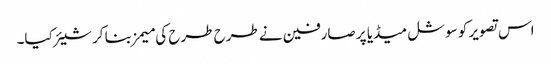
اس تصویر کو سوشل میڈیا پر صارفین نے طرح طرح کی میمز بنا کر شیئر کیا۔